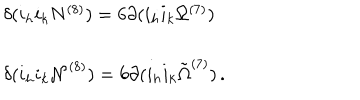
LaTeX: \begin{array} { r c l } { { } } & { { } } & { { \delta ( i _ { h } i _ { k } N ^ { ( 8 ) } ) = 6 \partial ( i _ { h } i _ { k } \Omega ^ { ( 7 ) } ) } } \\ { { } } & { { } } & { { } } \\ { { } } & { { } } & { { \delta ( i _ { h } i _ { k } { \cal N } ^ { ( 8 ) } ) = 6 \partial ( i _ { h } i _ { k } { \tilde { \Omega } } ^ { ( 7 ) } ) \, . } } \\ \end{array}